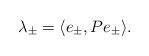
LaTeX: \begin{align*}\lambda_\pm = \langle e_\pm,Pe_\pm \rangle.\end{align*}